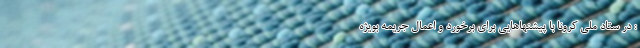
: در ستاد ملی کرونا با پیشنهاهایی برای برخورد و اعمال جریمه بویژه